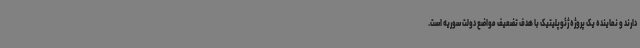
دارند و نماینده یک پروژه ژئوپلیتیک با هدف تضعیف مواضع دولت سوریه است.